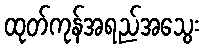
ထုတ်ကုန်အရည်အသွေး